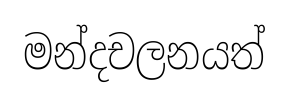
මන්දචලනයත්